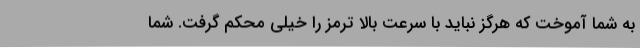
به شما آموخت که هرگز نباید با سرعت بالا ترمز را خیلی محکم گرفت. شما